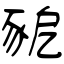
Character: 豟